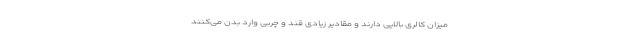
میزان کالری بالایی دارند و مقادیر زیادی قند و چربی وارد بدن می‌کنند